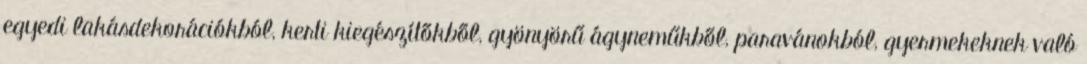
egyedi lakásdekorációkból, kerti kiegészítőkből, gyönyörű ágyneműkből, paravánokból, gyermekeknek való